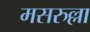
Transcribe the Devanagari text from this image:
मसरुल्ला